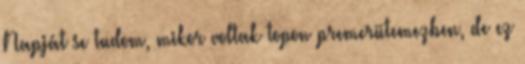
Napját se tudom, mikor voltak topon premerütemezben, de ez